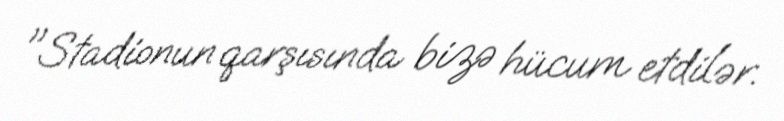
"Stadionun qarşısında bizə hücum etdilər.